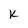
Character: K